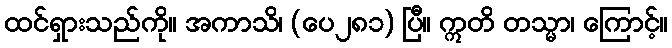
ထင်ရှားသည်ကို။ အကာသိ၊ (ပေ၂၈၁) ပြီ။ ဣတိ တသ္မာ၊ ကြောင့်။